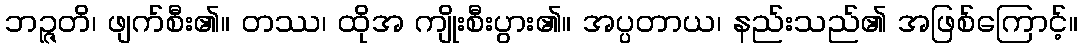
ဘဉ္ဇတိ၊ ဖျက်စီး၏။ တဿ၊ ထိုအ ကျိုးစီးပွား၏။ အပ္ပတာယ၊ နည်းသည်၏ အဖြစ်ကြောင့်။